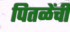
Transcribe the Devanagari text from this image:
पितळेंचीं